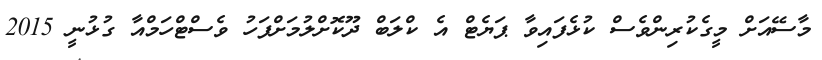
މާސޭއަށް މީގެކުރިންވެސް ކުޅެފައިވާ ޕަޔެޓް އެ ކްލަބް ދޫކޮށްލުމަށްފަހު ވެސްޓްހަމްއާ ގުޅުނީ 2015